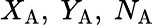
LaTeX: X_{\mathrm{A}},~Y_{\mathrm{A}},~N_{\mathrm{A}}